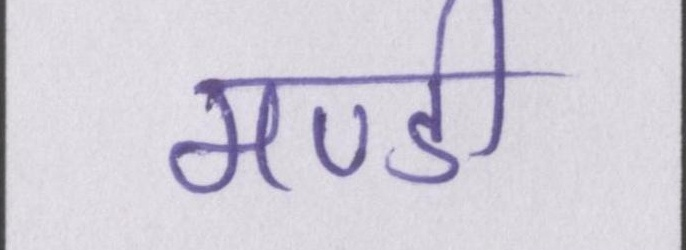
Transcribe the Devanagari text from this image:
मण्डी